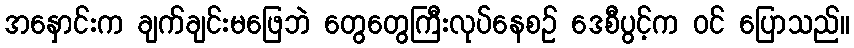
အနှောင်းက ချက်ချင်းမဖြေဘဲ တွေတွေကြီးလုပ်နေစဉ် ဒေစီပွင့်က ဝင် ပြောသည်။